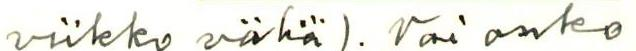
viikko vähä). Vai onko